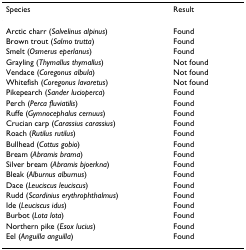
| Species | Result |
 | --- | --- |
 | Arctic charr (Salvelinus alpinus) | Found |
 | Brown trout (Salmo trutta) | Found |
 | Smelt (Osmerus eperlanus) | Found |
 | Grayling (Thymallus thymallus) | Not found |
 | Vendace (Coregonus albula) | Not found |
 | Whitefish (Coregonus lavaretus) | Not found |
 | Pikepearch (Sander lucioperca) | Found |
 | Perch (Perca fluviatilis) | Found |
 | Ruffe (Gymnocephalus cernuus) | Found |
 | Crucian carp (Carassius carassius) | Found |
 | Roach (Rutilus rutilus) | Found |
 | Bullhead (Cottus gobio) | Found |
 | Bream (Abramis brama) | Found |
 | Silver bream (Abramis bjoerkna) | Found |
 | Bleak (Alburnus alburnus) | Found |
 | Dace (Leuciscus leuciscus) | Found |
 | Rudd (Scardinius erythrophthalmus) | Found |
 | Ide (Leuciscus idus) | Found |
 | Burbot (Lota lota) | Found |
 | Northern pike (Esox lucius) | Found |
 | Eel (Anguilla anguilla) | Found |